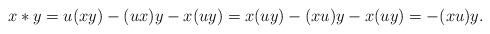
LaTeX: \begin{align*} x\ast y & =u(xy)-(ux)y-x(uy) =x(uy)-(xu)y-x(uy)=-(xu)y.\end{align*}